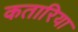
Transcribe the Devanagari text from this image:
कतारिया